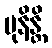
မုနိန္တိ